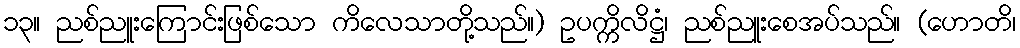
၁၃။ ညစ်ညူးကြောင်းဖြစ်သော ကိလေသာတို့သည်။) ဥပက္ကိလိဋ္ဌံ၊ ညစ်ညူးစေအပ်သည်။ (ဟောတိ၊